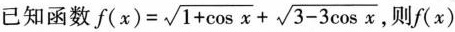
已知函数$$\int ( x ) = \sqrt{1 + \cos x} + \sqrt{3-3 \cos x}$$，则f(x)